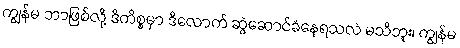
ကျွန်မ ဘာဖြစ်လို့ ဒီကိစ္စမှာ ဒီလောက် ဆွဲဆောင်ခံနေရသလဲ မသိဘူး၊ ကျွန်မ